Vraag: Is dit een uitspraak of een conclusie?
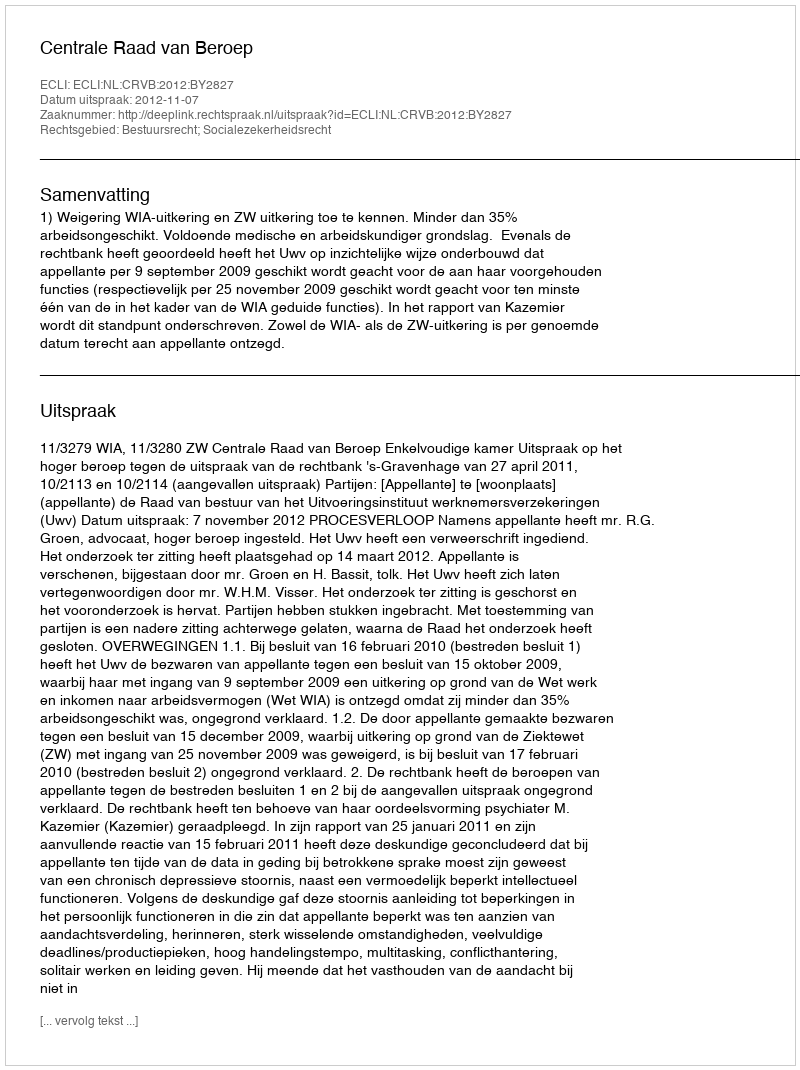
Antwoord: Uitspraak